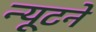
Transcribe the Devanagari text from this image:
न्यूटने